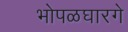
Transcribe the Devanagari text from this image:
भोपळघारगे